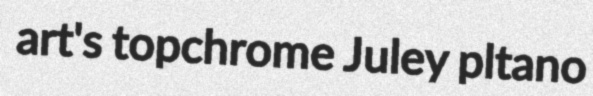
art's topchrome Juley pltano